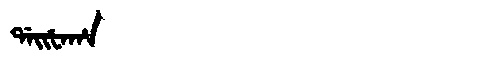
Manchu: ᡩᠠᡳᡶᠠᡥᠠ
Romanization: DAIFAHA